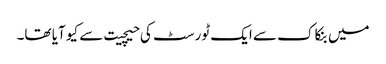
میں بنکاک سے ایک ٹورسٹ کی حیچیت سے کیو آیا تھا۔